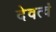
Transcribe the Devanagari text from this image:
देवत्वं